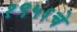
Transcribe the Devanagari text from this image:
१९५६चे